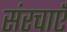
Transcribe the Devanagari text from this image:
संरचाएँ